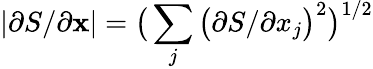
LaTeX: \left|\partial S/\partial\mathbf{x}\right|=\big(\sum_{j}\big(\partial S/\partial x_{j}\big)^{2}\big)^{1/2}